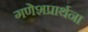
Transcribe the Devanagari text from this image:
गणेशप्रार्थना